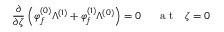
\frac { \partial } { \partial \zeta } \left( \varphi _ { f } ^ { ( 0 ) } \Lambda ^ { ( 1 ) } + \varphi _ { f } ^ { ( 1 ) } \Lambda ^ { ( 0 ) } \right) = 0 ~ ~ ~ ~ \mathrm { ~ a ~ t ~ } ~ ~ \zeta = 0